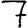
Digit: 7